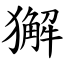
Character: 獬